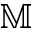
\mathbb { M }